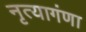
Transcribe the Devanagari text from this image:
नृत्यागंणा